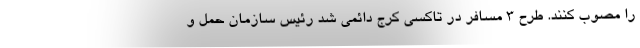
را مصوب کنند. طرح 3 مسافر در تاکسی‌ کرج دائمی شد رئیس سازمان حمل و